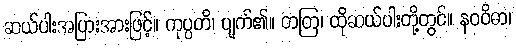
ဆယ်ပါးအပြားအားဖြင့်။ ကုပ္ပတိ၊ ပျက်၏။ တတြ၊ ထိုဆယ်ပါးတို့တွင်။ နဝဝိဓာ၊